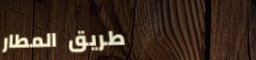
طريق المطار